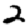
Digit: 2